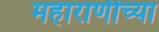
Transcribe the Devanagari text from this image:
महाराणीच्या